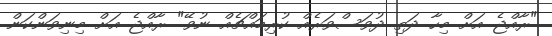
"ރާއްޖެ އަށް މިހާ ދަތި ދުވަސްވަރެއް ކުރިމައްޗެއް ނުވޭ" ރާއްޖެ އަށް މިނިވަންކަން